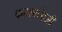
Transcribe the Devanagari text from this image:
फरकाऐवजी